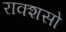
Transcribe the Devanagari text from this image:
राक्शसो